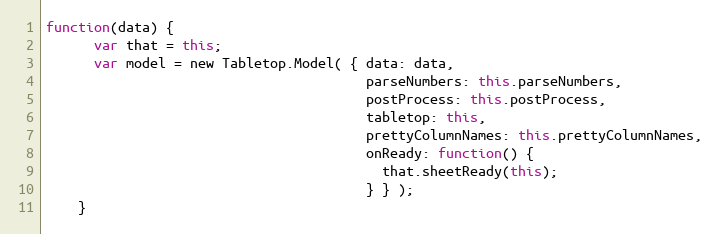
Language: JavaScript
function(data) {
      var that = this;
      var model = new Tabletop.Model( { data: data,
                                        parseNumbers: this.parseNumbers,
                                        postProcess: this.postProcess,
                                        tabletop: this,
                                        prettyColumnNames: this.prettyColumnNames,
                                        onReady: function() {
                                          that.sheetReady(this);
                                        } } );
    }